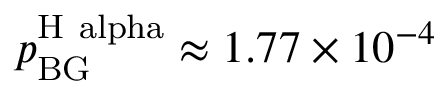
p _ { \mathrm { B G } } ^ { \mathrm { H \ a l p h a } } \approx 1 . 7 7 \times 1 0 ^ { - 4 }